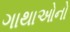
ગાથાઓનો